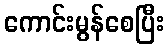
ကောင်းမွန်စေပြီး